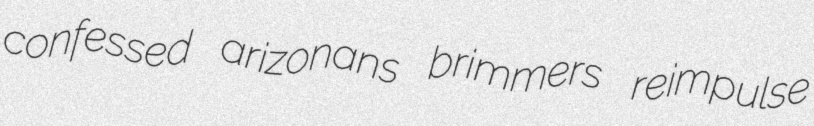
confessed arizonans brimmers reimpulse